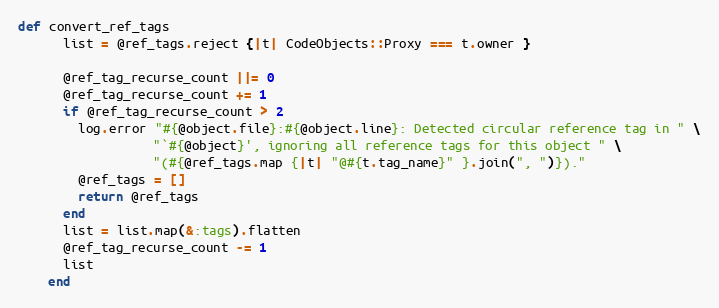
Language: Ruby
def convert_ref_tags
      list = @ref_tags.reject {|t| CodeObjects::Proxy === t.owner }

      @ref_tag_recurse_count ||= 0
      @ref_tag_recurse_count += 1
      if @ref_tag_recurse_count > 2
        log.error "#{@object.file}:#{@object.line}: Detected circular reference tag in " \
                  "`#{@object}', ignoring all reference tags for this object " \
                  "(#{@ref_tags.map {|t| "@#{t.tag_name}" }.join(", ")})."
        @ref_tags = []
        return @ref_tags
      end
      list = list.map(&:tags).flatten
      @ref_tag_recurse_count -= 1
      list
    end